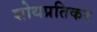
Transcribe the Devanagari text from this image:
शोथप्रतिकर